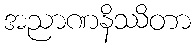
အညာဏနိဿိတာ